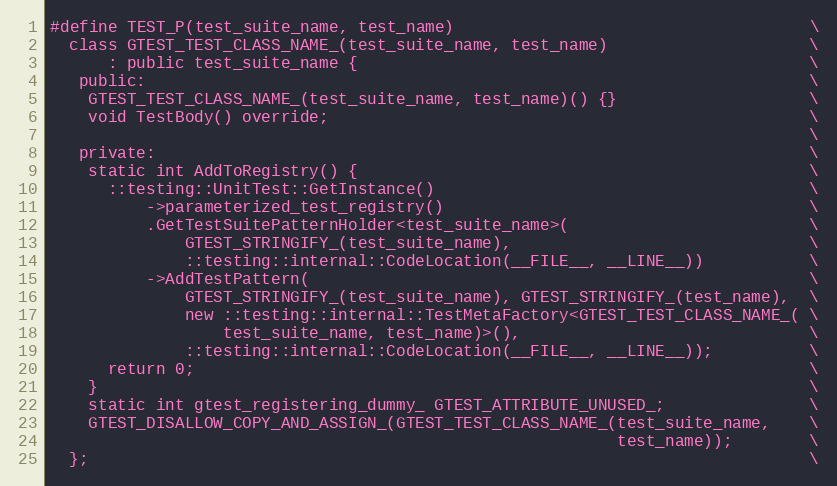
Language: C
#define TEST_P(test_suite_name, test_name)                                     \
  class GTEST_TEST_CLASS_NAME_(test_suite_name, test_name)                     \
      : public test_suite_name {                                               \
   public:                                                                     \
    GTEST_TEST_CLASS_NAME_(test_suite_name, test_name)() {}                    \
    void TestBody() override;                                                  \
                                                                               \
   private:                                                                    \
    static int AddToRegistry() {                                               \
      ::testing::UnitTest::GetInstance()                                       \
          ->parameterized_test_registry()                                      \
          .GetTestSuitePatternHolder<test_suite_name>(                         \
              GTEST_STRINGIFY_(test_suite_name),                               \
              ::testing::internal::CodeLocation(__FILE__, __LINE__))           \
          ->AddTestPattern(                                                    \
              GTEST_STRINGIFY_(test_suite_name), GTEST_STRINGIFY_(test_name),  \
              new ::testing::internal::TestMetaFactory<GTEST_TEST_CLASS_NAME_( \
                  test_suite_name, test_name)>(),                              \
              ::testing::internal::CodeLocation(__FILE__, __LINE__));          \
      return 0;                                                                \
    }                                                                          \
    static int gtest_registering_dummy_ GTEST_ATTRIBUTE_UNUSED_;               \
    GTEST_DISALLOW_COPY_AND_ASSIGN_(GTEST_TEST_CLASS_NAME_(test_suite_name,    \
                                                           test_name));        \
  };                                                                           \